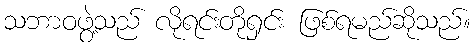
သဘာဝဖွဲ့သည် လိုရင်းတိုရှင်း ဖြစ်ရမည်ဆိုသည်။